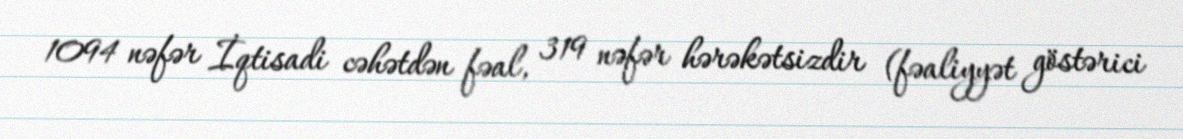
1094 nəfər İqtisadi cəhətdən fəal, 319 nəfər hərəkətsizdir (fəaliyyət göstərici